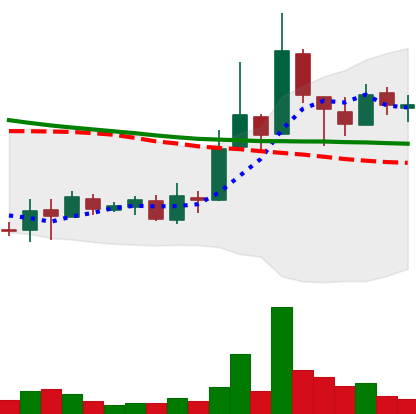
Ticker: XLM-USD
Chart end date: 2018-09-29
Forward return: -3.793%
Label: down_3_5